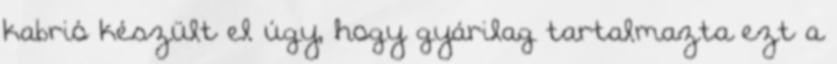
kabrió készült el úgy, hogy gyárilag tartalmazta ezt a